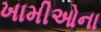
ખામીઓના